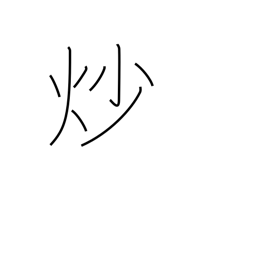
Meaning: roast